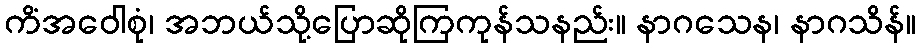
ကိံအဝေါစုံ၊ အဘယ်သို့ပြောဆိုကြကုန်သနည်း။ နာဂသေန၊ နာဂသိန်။